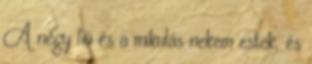
A négy fiú és a mikulás nekem estek, és